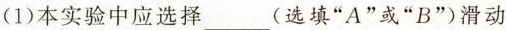
(1)本实验中应选择___(选填”A”或”B”)滑动